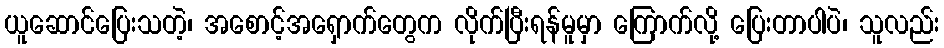
ယူဆောင်ပြေးသတဲ့၊ အစောင့်အရှောက်တွေက လိုက်ပြီးရန်မူမှာ ကြောက်လို့ ပြေးတာပါပဲ၊ သူလည်း